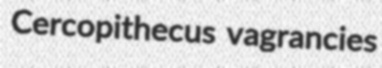
Cercopithecus vagrancies